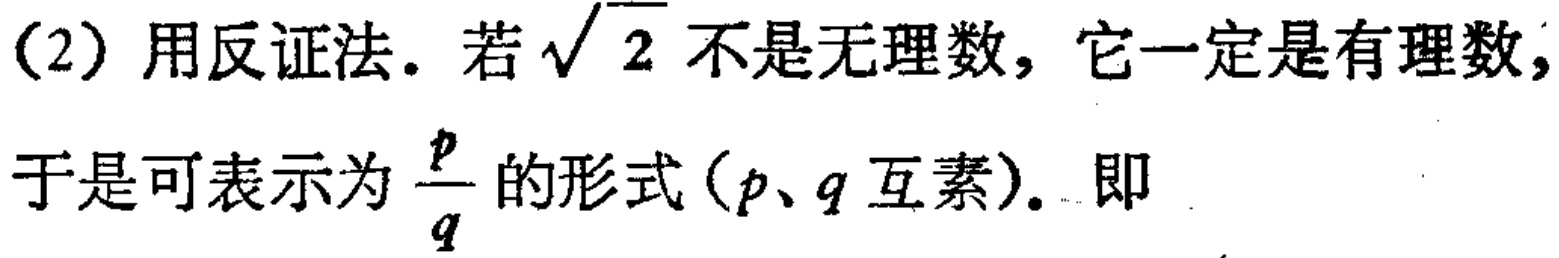
(2) 用反证法. 若\(\sqrt{2}\)不是无理数, 它一定是有理数, 于是可表示为\(\frac{p}{q}\)的形式 (\(p\)、\(q\) 互素). 即